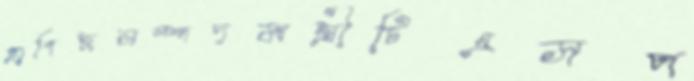
প্রাণিজসম্পদমন্ত্রীটিএসপ